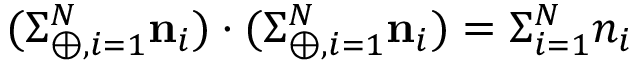
( \Sigma _ { \oplus , i = 1 } ^ { N } { \bf n } _ { i } ) \cdot ( \Sigma _ { \oplus , i = 1 } ^ { N } { \bf n } _ { i } ) = \Sigma _ { i = 1 } ^ { N } n _ { i }